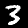
Label: 3